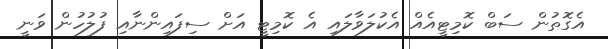
އެގޮތުން ސަބް ކޮމިޓީއެއް އެކުލަވާލައި އެ ކޮމިޓީ އަށް ސިފައިންނާއި ފުލުހުން ވަނީ